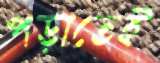
পড়াতেই